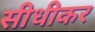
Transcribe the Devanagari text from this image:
सीधीकर